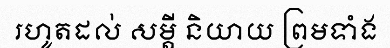
រហូតដល់ សម្តី និយាយ ព្រមទាំង